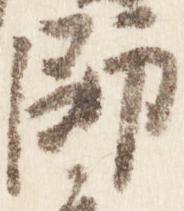
師